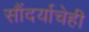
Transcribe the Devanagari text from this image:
सौंदर्याचेही